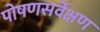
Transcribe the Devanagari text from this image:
पोषणसर्वेक्षण